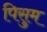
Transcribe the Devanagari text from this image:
पिसुम